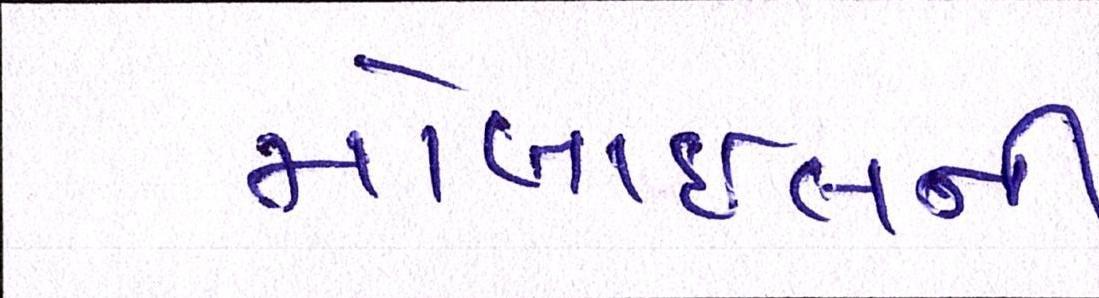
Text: મોબાઈલની